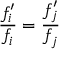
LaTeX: \frac { f _ { i } ^ { \prime } } { f _ { i } } = \frac { f _ { j } ^ { \prime } } { f _ { j } }